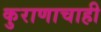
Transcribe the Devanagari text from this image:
कुराणाचाही